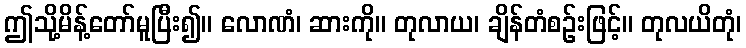
ဤသို့မိန့်တော်မူပြီး၍။ လောဏံ၊ ဆားကို။ တုလာယ၊ ချိန်တံစဉ်းဖြင့်။ တုလယိတုံ၊